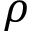
\rho